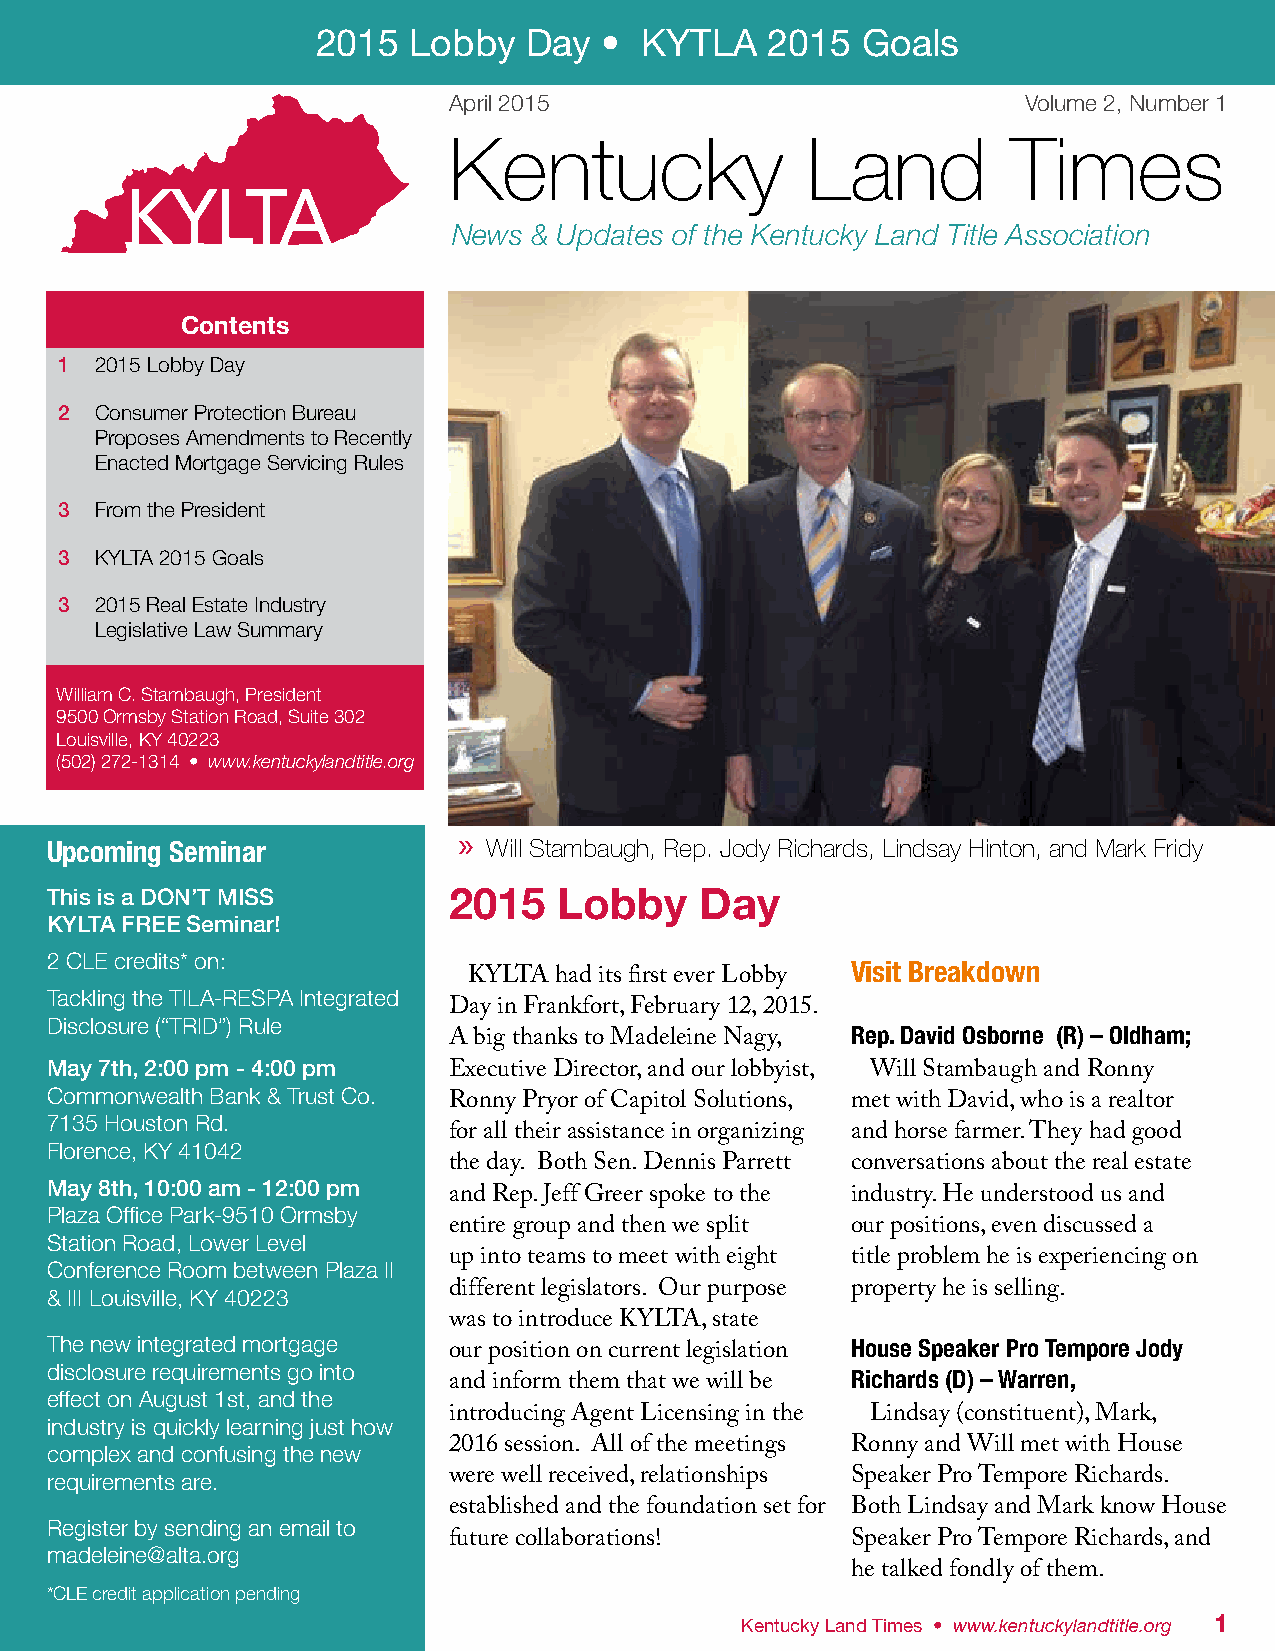
2015  Lobby   Day  • KYTLA    2015  Goals
 April 2015                            Volume 2, Number 1
 Kentucky               Land          Times
 News & Updates of the Kentucky Land Title Association
 Contents
 1 2015 Lobby Day
 2 Consumer Protection Bureau
 Proposes Amendments to Recently
 Enacted Mortgage Servicing Rules
 3 From the President
 3 KYLTA 2015 Goals
 3 2015 Real Estate Industry
 Legislative Law Summary
 William C. Stambaugh, President
 9500 Ormsby Station Road, Suite 302
 Louisville, KY 40223
 (502) 272-1314 • www.kentuckylandtitle.org
 »
 Upcoming Seminar             Will Stambaugh, Rep. Jody Richards, Lindsay Hinton, and Mark Fridy
 This is a DON’T MISS       2015   Lobby    Day
 KYLTA FREE Seminar!
 2 CLE credits* on:
 Visit Breakdown
 KYLTA had its first ever Lobby
 Tackling the TILA-RESPA Integrated
 Day in Frankfort, February 12, 2015.
 Disclosure (“TRID”) Rule
 Rep. David Osborne (R) – Oldham;
 A big thanks to Madeleine Nagy,
 May 7th, 2:00 pm - 4:00 pm
 Executive Director, and our lobbyist, Will Stambaugh and Ronny
 Commonwealth Bank & Trust Co.
 Ronny Pryor of Capitol Solutions, met with David, who is a realtor
 7135 Houston Rd.
 for all their assistance in organizing and horse farmer. They had good
 Florence, KY 41042
 the day. Both Sen. Dennis Parrett conversations about the real estate
 May 8th, 10:00 am - 12:00 pm
 and Rep. Jeff Greer spoke to the industry. He understood us and
 Plaza Office Park-9510 Ormsby
 entire group and then we split our positions, even discussed a
 Station Road, Lower Level
 Conference Room between Plaza II up into teams to meet with eight title problem he is experiencing on
 & III Louisville, KY 40223 different legislators. Our purpose property he is selling.
 was to introduce KYLTA, state
 The new integrated mortgage                          House Speaker Pro Tempore Jody
 our position on current legislation
 disclosure requirements go into
 Richards (D) – Warren,
 and inform them that we will be
 effect on August 1st, and the
 industry is quickly learning just how introducing Agent Licensing in the Lindsay (constituent), Mark,
 complex and confusing the new 2016 session. All of the meetings Ronny and Will met with House
 requirements are.          were well received, relationships Speaker Pro Tempore Richards.
 established and the foundation set for Both Lindsay and Mark know House
 Register by sending an email to
 future collaborations!    Speaker Pro Tempore Richards, and
 madeleine@alta.org
 he talked fondly of them.
 *CLE credit application pending
 Kentucky Land Times • www.kentuckylandtitle.org 1